Report on the administration of the Government Cinchona Department 1892-98
Year: 1892
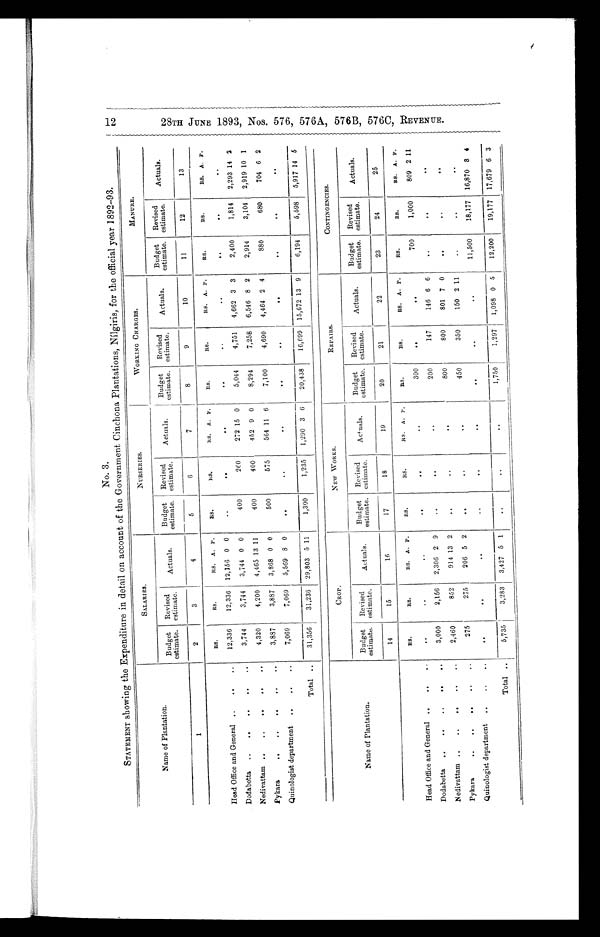
No. 3.
STATEMENT showing the Expenditure in detail on account of the Government Cinchona Plantations, Nílgiris, for the official year 1892-93.
Name of Plantation.
SALARIES.
NURSERIES.
WORKING CHARGES.
MANURE.
Budget
estimate.
Revised
estimate.
Actuals.
Budget
estimate.
Revised
estimate.
Actuals.
Budget
estimate.
Revised
estimate.
Actuals.
Budget
estimate.
Revised
estimate.
Actuals.
1
2
3
4
5
6
7
8
9
10
11
12
13
Head Office and General . . .
RS.
RS.
RS. A. P.
R S .
R S .
RS. A. P.
R S .
RS.
RS. A. P.
RS.
RS.
R S .
A. P .
12,336
12,336
12,156 0 0
. . .
. . .
. . .
. . .
. . .
. . .
. . .
. . .
. . .
D o d a b e t t a . . .
3,744
3,744
3,744 0 0
400
260
272 15 0
5,044
4,751
4,662 3 3
2,400
1,814
2,293 14 2
Nedivattam . . .
4,320
4,200
4,465 13 11
400
400
452 9 0
8,294
7,258
6,546 8 2
2,914
3,104
2,919 10 1
P y k a r a . . .
3,887
3,887
3,868 0 0
500
575
564 11 6
7,100
4,690
4,464 2 4
880
680
704 6 2
Quinologist department . . .
7,069
7,069
5,569 8 0
. . .
. . .
. . .
. . .
. . .
. . .
. . .
. . .
. . .
Total . . .
31,356
31,236
29,803 5 11
1,300
1,235
1,290 3 6
20,438
16,699 15,672 13 9
6,194
5,598
5,917 14 5
Name of Plantation.
CROP.
NEW WORKS.
REPAIRS.
CONTINGENCIES.
Budget
estimate.
Revised
estimate.
Act ual s.
Budget
estimate.
Revised
estimate.
Act ual s .
Budget
estimate.
Revised
estimate.
Actuals.
Budget
estimate.
Revised
estimate.
Act ual s .
14
15
16
17
18
19
20
21
22
23
24
25
R S .
RS.
RS. A. P.
RS.
RS.
RS.
A. P.
RS.
RS.
RS. A. P.
RS.
RS.
RS. A. P.
Head Office and General . . .
. . .
. . .
. . .
. . .
. . .
. . .
300
. . .
. . .
700
1,000
809 2 11
Dodabetta . . .
3,000
2,156
2,306 2 9
. . .
. . .
. . .
200
147
146 6 6
. . .
. . .
. . .
Nedivattam . . .
2,460
852
914 13 2
. . .
. . .
. . .
800
800
801 7 0
. . .
. . .
. . .
Pykara . . .
275
275
206 5 2
. . .
. . .
. . .
450
350
150 2 11
. . .
. . .
. . .
Quinologist department . . .
. . .
. . .
. . .
. . .
. . .
. . .
. . .
. . .
. . .
11,500
18,177
16,870 8 4
Total . . .
5,735
3,283
3,427 5 1
. . .
. . .
. . .
1,750
1,297
1,098 0 5
12,200
19,177 17,679 6 3
12.
2 8 T H J U N E 1 8 9 3 , N O S . . 5 7 6 , 5 7 6 A , 5 7 6 B , 5 7 6 C , R E V E N U E .